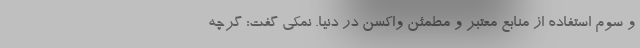
و سوم استفاده از منابع معتبر و مطمئن واکسن در دنیا. نمکی گفت: گرچه